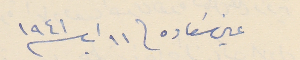
عين سَعاده فى ١١ اب سنة ١٩٤١